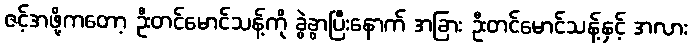
ဇင့်အဖို့ကတော့ ဦးတင်မောင်သန့်ကို ခွဲခွာပြီးနောက် အခြား ဦးတင်မောင်သန့်နှင့် အလား